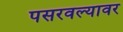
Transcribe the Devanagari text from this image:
पसरवल्यावर